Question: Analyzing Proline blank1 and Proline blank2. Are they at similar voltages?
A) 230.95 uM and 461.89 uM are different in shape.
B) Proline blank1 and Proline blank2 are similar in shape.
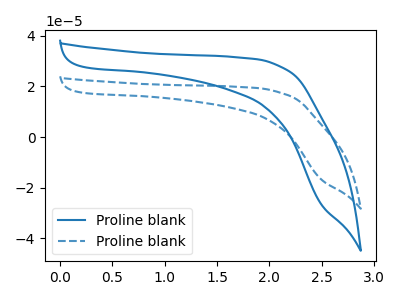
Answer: <think>The blue curve "Proline blank1" has no peaks. The blue dashed curve "Proline blank2" has no peaks.
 Neither "Proline blank1" or "Proline blank2" have any peaks.</think>
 <answer>B) "Proline blank1" and "Proline blank2" are similar in shape.</answer>
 <eval>B</eval>